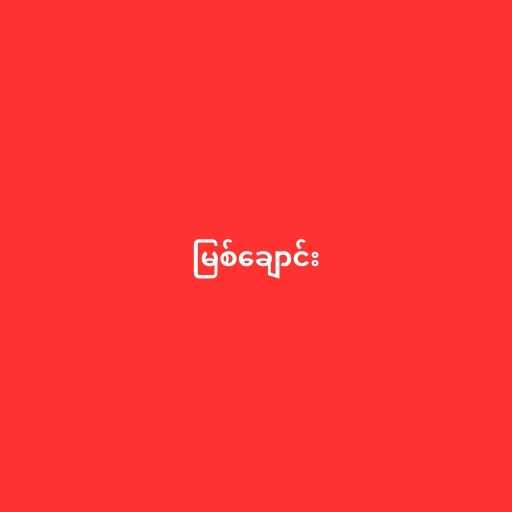
မြစ်ချောင်း